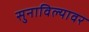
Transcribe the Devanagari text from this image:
सुनाविल्यावर